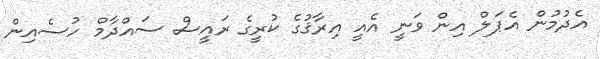
އެދުމުން އެޕަލް އިން ވަނީ އެއީ އިރާޤުގެ ކުރީގެ ރައީސް ސައްދާމް ހުސެއިން